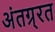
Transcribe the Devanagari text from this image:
अंतग्र्रत